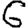
Digit: 6